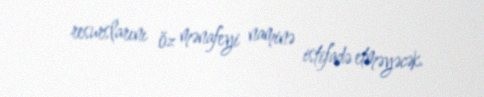
resurslarını öz mənafeyi naminə istifadə etməyəcək.